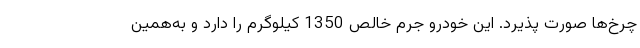
چرخ‌ها صورت پذیرد. این خودرو جرم خالص 1350 کیلوگرم را دارد و به‌همین